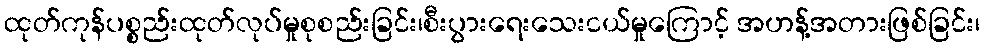
ထုတ်ကုန်ပစ္စည်းထုတ်လုပ်မှုစုစည်းခြင်း၊စီးပွားရေးသေးငယ်မှုကြောင့် အဟန့်အတားဖြစ်ခြင်း၊